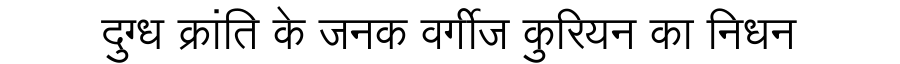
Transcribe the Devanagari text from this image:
दुग्ध क्रांति के जनक वर्गीज कुरियन का निधन